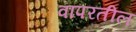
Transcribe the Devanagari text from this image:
वापरतील